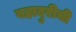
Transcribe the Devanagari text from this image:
बहादुरीची